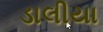
ડાલીયા